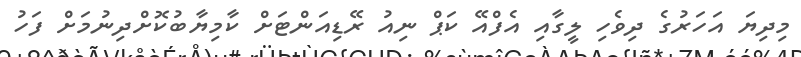
މިދިޔަ އަހަރުގެ ދިވެހި ލީގާއި އެފްއޭ ކަޕް ނިއު ރޭޑިއަންޓަށް ކާމިޔާބުކޮށްދިނުމަށް ފަހު